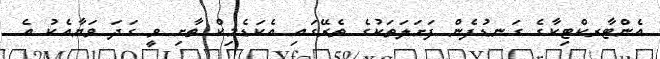
އެންޓާރކްޓިކާގެ ގަނޑުފެން ފަށަލަތަކުގެ ތެރޭގައި އެކަޑެމިކް ތާށި ވީ ގަދަ ވަޔާއެކު އެ